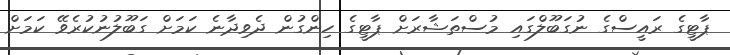
ޕާޓީގެ ރައީސްގެ ނުގަބޫލްގައި މުސްތަޝާރަށް ޕާޓީގެ ހިންގުން ދެވިދާނެ ކަމަށް ގަބޫލުނުކުރެވޭ ކަމަށް